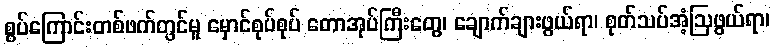
စွပ်ကြောင်းတစ်ဖက်တွင်မူ မှောင်စုပ်စုပ် တောအုပ်ကြီးတွေ၊ ချောက်ချားဖွယ်ရာ၊ စုတ်သပ်အံ့ဩဖွယ်ရာ၊